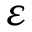
\varepsilon